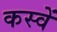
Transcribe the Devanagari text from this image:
कस्वें